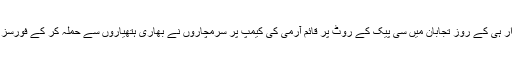
گہرام بلوچ نے مزید کہا کہ اتوار ہی کے روز تجابان میں سی پیک کے روٹ پر قائم آرمی کی کیمپ پر سرمچاروں نے بھاری ہتھیاروں سے حملہ کر کے فورسز کو جانی و مالی نقصان پہنچایا۔